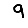
Digit: 9